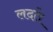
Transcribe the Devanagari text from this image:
लदते